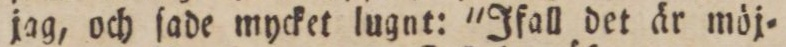
jag, och ſade mycket lugnt: 'Ifall det är möj=